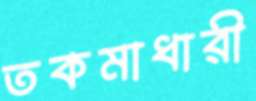
তকমাধারী